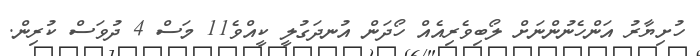
ހުށިޔާރު އަންހެނުންނަށް ލޯބިވެރިއެއް ހޯދަން އުނދަގުލީ ކީއްވެ11 މަސް 4 ދުވަސް ކުރިން.